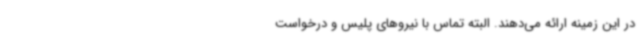
در این زمینه ارائه می‌دهند. البته تماس با نیروهای پلیس و درخواست